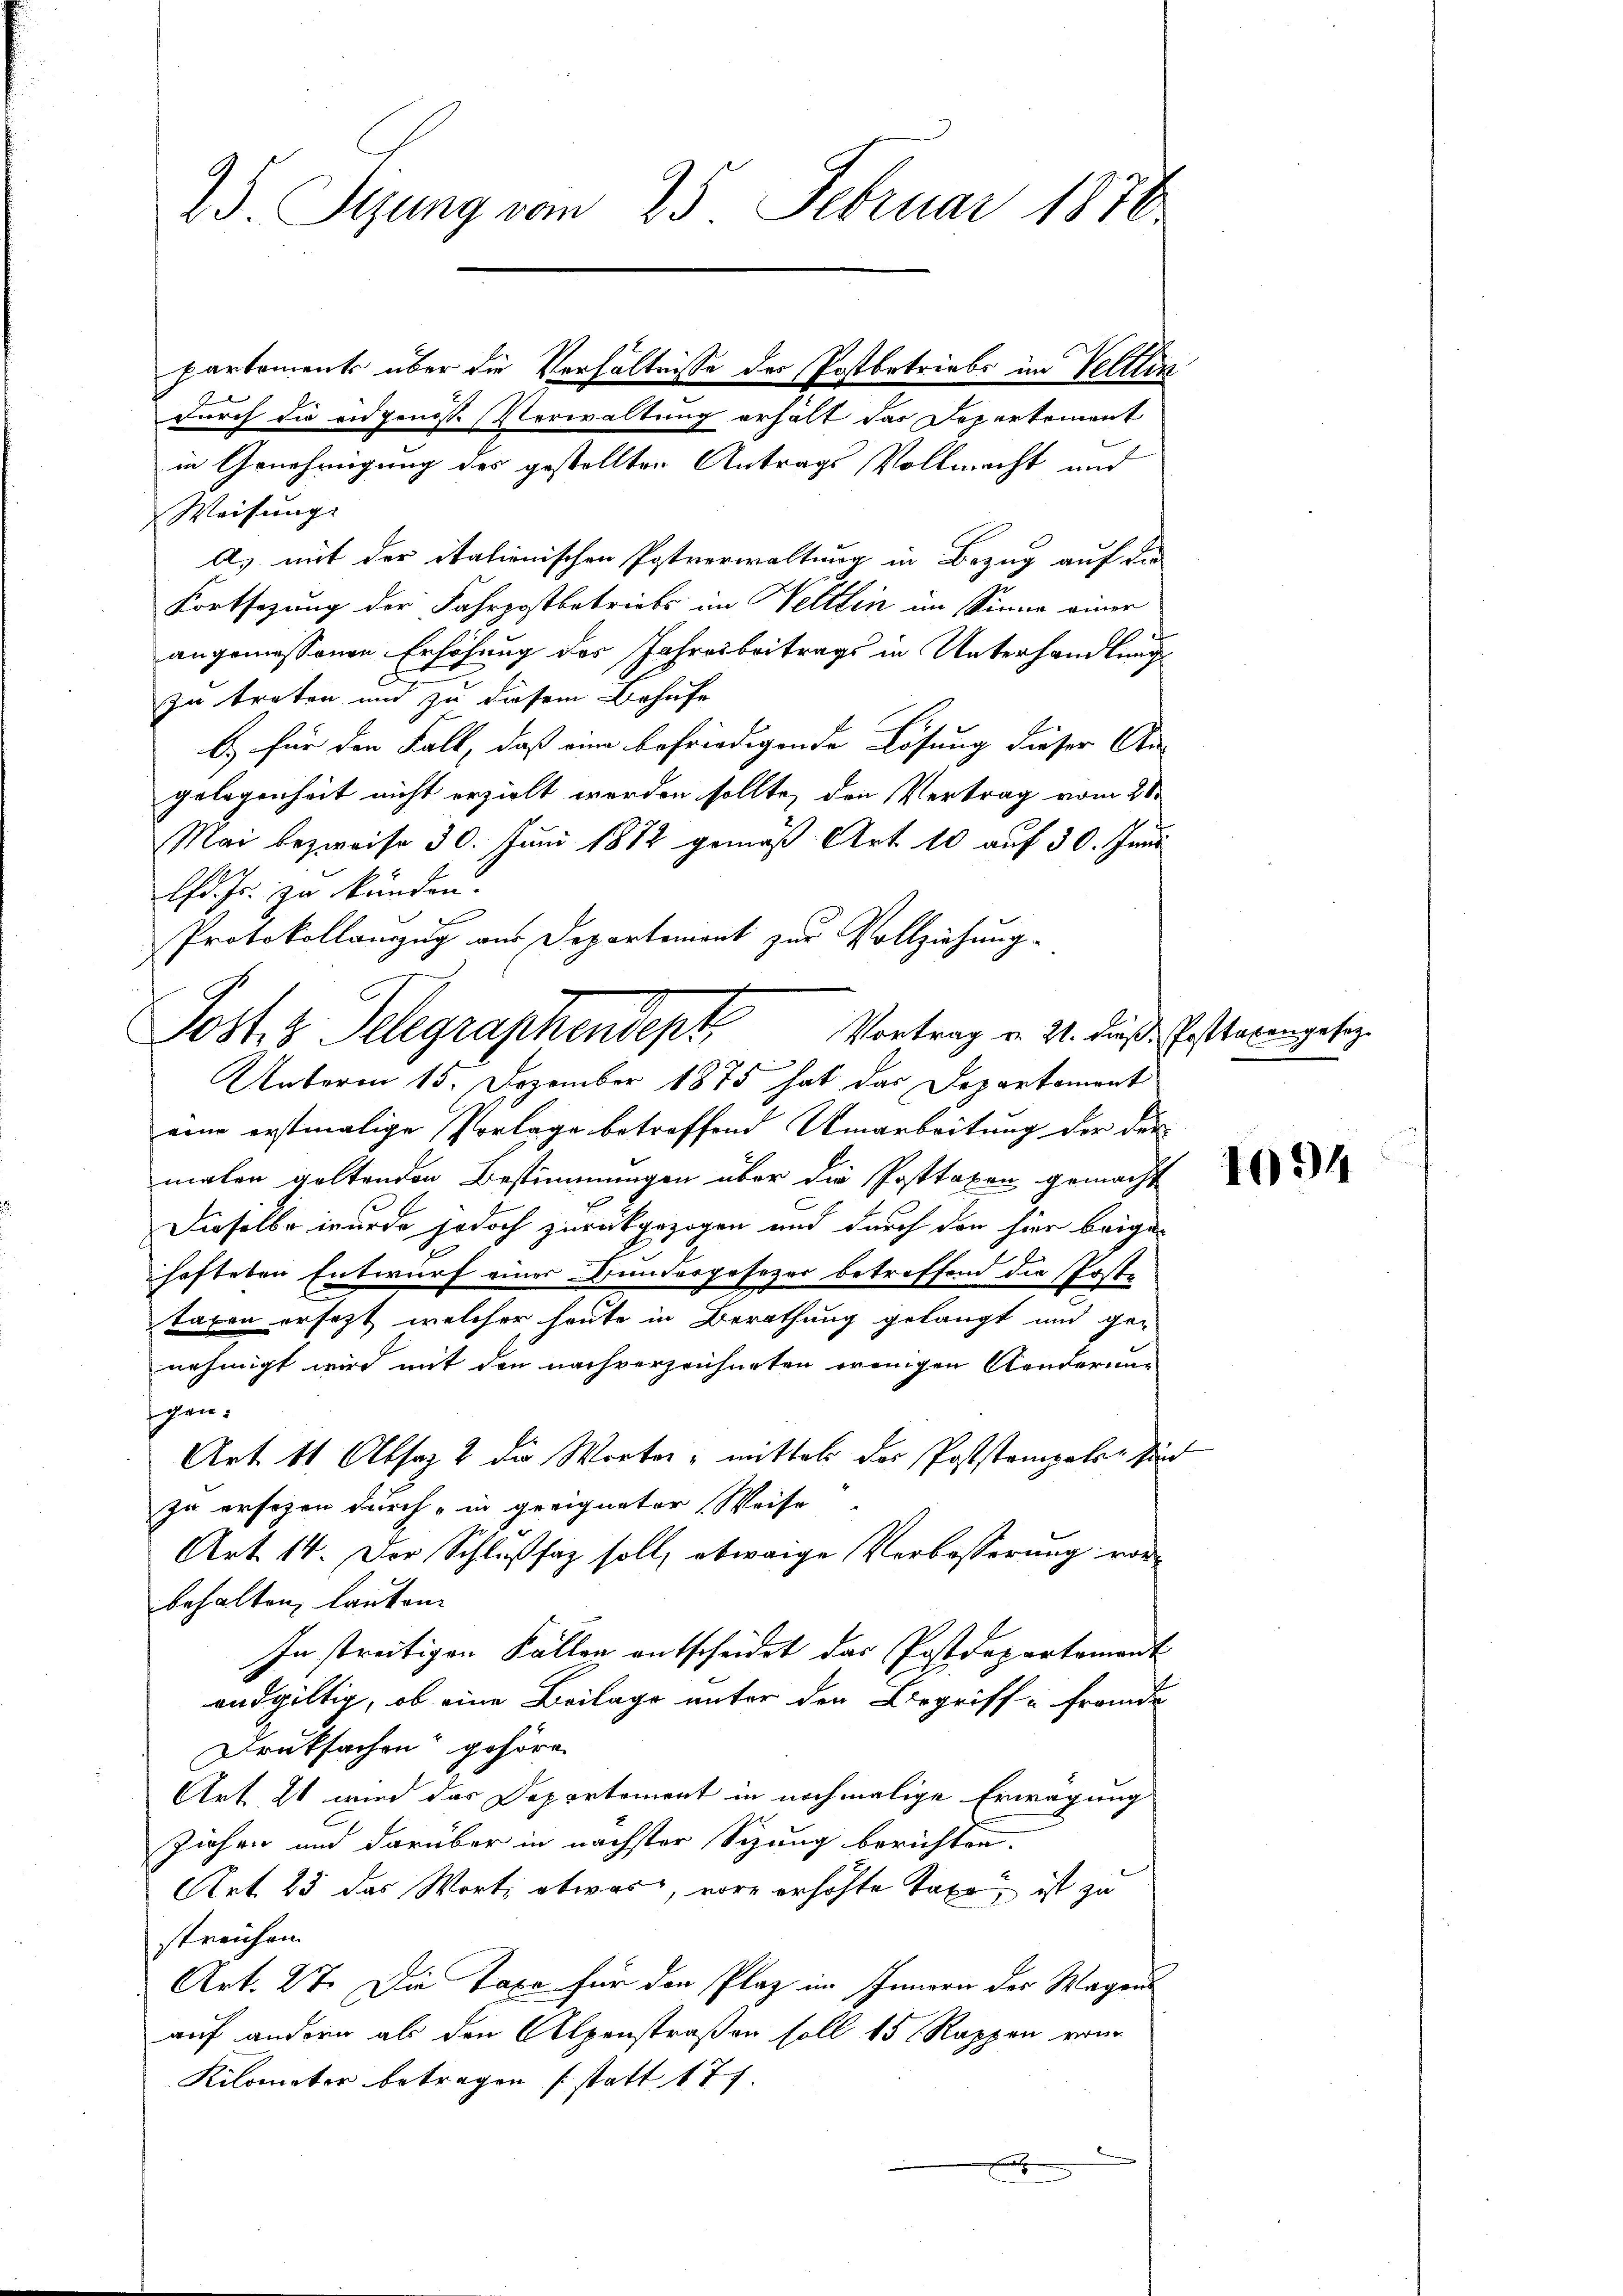
25. Sitzung vom 25. Februar 1870.

in Genehmigung des gestellten Antrags Vollmacht und
Weisung.
A) mit der italienischen Postverwaltung in Bezug auf die
Fortsezung der Fahrpostbetriebs im Weltlin im Sinne einer
angemessenen Erhöhung des Jahresbeitrags in Unterhandlung
zu treten und zu diesem Behufe
b) für den Fall, daß eine befriedigende Lösung dieser An-
gelegenheit nicht erzielt werden sollte, den Vertrag vom 28.
Mai bezweife 30. Juni 1872 gemäß Art. 10 auf 30. Jani
lfd. Js. zu kunden.
Protokollanzug aus Departement zur Vollziehung.
Unterm 15. Dezember 1875 hat das Departament
eine erstimalige Porlage betreffend Umarbeitung der der
malen geltenden Bestimmungen über die Posttaxen gemacht
r
Dieselbe wurde jedoch zurückgezogen und durch den hier beige-
hofteten Entwurf einer Bundesgesezer betreffend die Poste
taxen ersetzt welcher heute in Berathung gelangt und ge-
nehmigt wird mit den nachverzeichneten wenigen Aenderung
gen.
Art. 11. Absaz 2 die Worter - mittels der Poststempeler sind
zu ersezen durch in geeigneter Weise
Art. 14. Der Schlußfaz soll, etwaige Verbösserung vorbehalten, lauten.
In streitigen Fällen entscheidet das Postdepartement
endgültig, ob eine Beilage unter den Bergriff-Frande
Druksachen gehören
Art 24 wird das Departement in nochmalige Erwägung
Ziehen und darüber in nächster Sizung berichten.
Art. 23 das Wort, abwas, vore erhöhte Taxe ist zu
streichen
Art. 27. Die Taxe für den Plaz im Innern der Wagens
auf andern als den Alpenstraßen soll 15 Rappen von
Kilometer betragen (statt 177.
l

partements über die Verhältnisse der Postbetriebe im Veltlin
durch die eidgenoss. Verwaltung erhält das Departement

Post 3 Telegraphendept Vortrag v. 21. dieß starengeben.
.